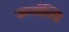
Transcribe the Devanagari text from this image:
ऊर्वास्थि